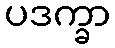
ပဒက္ခာ